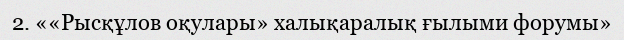
2. ««Рысқұлов оқулары» халықаралық ғылыми форумы»